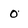
Character: 0